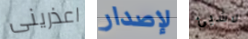
اعذرينى لإصدار لاشيئ